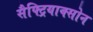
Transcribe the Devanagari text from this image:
सैफ्ट्रियाक्सोन